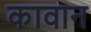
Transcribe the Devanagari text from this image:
कावान